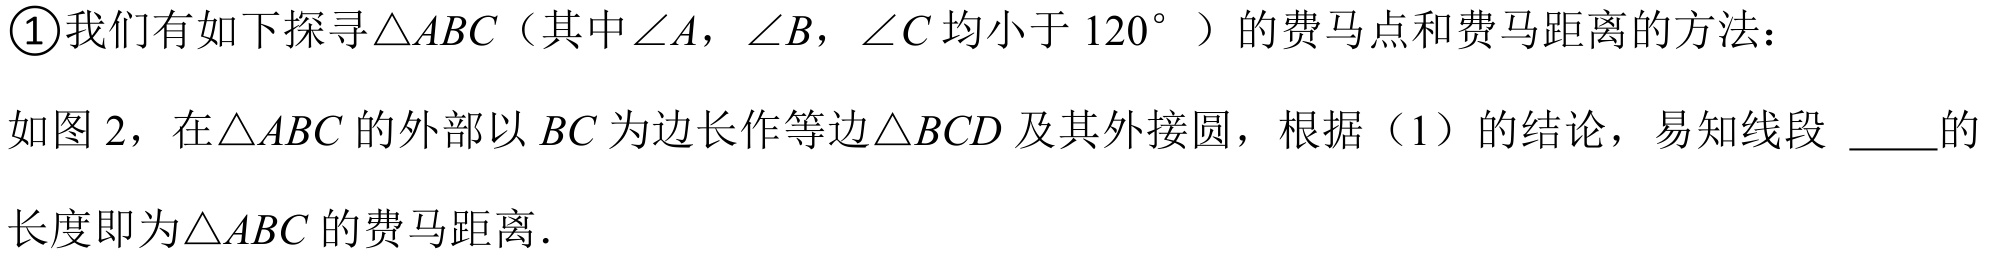
\textcircled{1}我们有如下探寻\(\triangle ABC\)（其中\(\angle A\)，\(\angle B\)，\(\angle C\)均小于\(120^{\circ}\)）的费马点和费马距离的方法：

如图 2，在\(\triangle ABC\)的外部以\(BC\)为边长作等边\(\triangle BCD\)及其外接圆，根据（1）的结论，易知线段 \underline{\qquad}的长度即为\(\triangle ABC\)的费马距离．